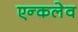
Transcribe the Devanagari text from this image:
एन्कलेव